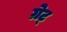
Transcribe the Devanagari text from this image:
ग्रेट्